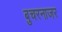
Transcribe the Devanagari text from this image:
बुचरनाजर